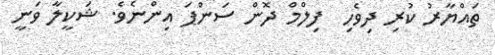
ތައްޔާރު ކުރި ދިވެހި  ފިލްމް ދޮން ސަންޕަ އިންނެވެ. ޝަކީލާ ވަނީ